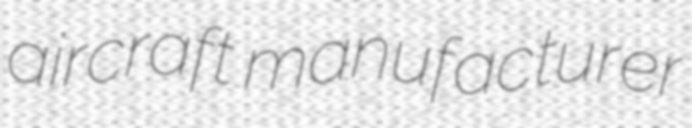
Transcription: aircraft manufacturer